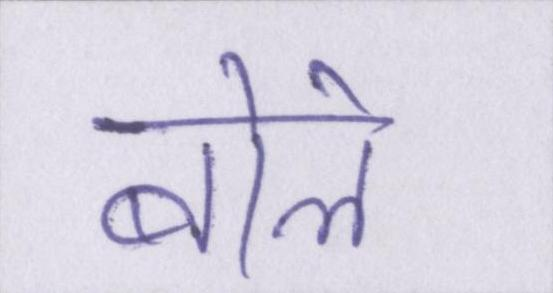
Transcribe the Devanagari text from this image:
बोले